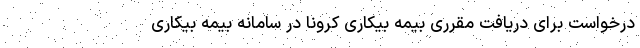
درخواست برای دریافت مقرری بیمه بیکاری کرونا در سامانه بیمه بیکاری